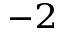
^ { - 2 }